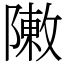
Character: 敶